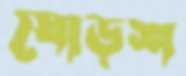
ষোড়শ